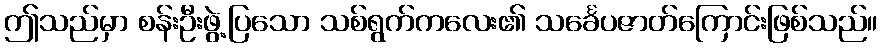
ဤသည်မှာ စန်းဦးဖွဲ့ပြသော သစ်ရွက်ကလေး၏ သင်္ခေပဇာတ်ကြောင်းဖြစ်သည်။